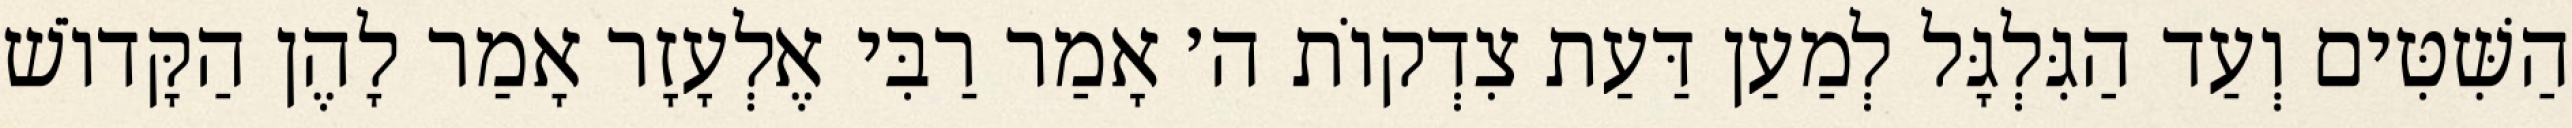
הַשִּׁטִּים וְעַד הַגִּלְגָּל לְמַעַן דַּעַת צִדְקוֹת ה׳ אָמַר רַבִּי אֶלְעָזָר אָמַר לָהֶן הַקָּדוֹשׁ